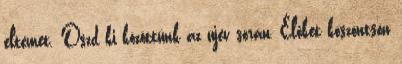
eltemet. Oszd ki közöttünk az újév során, Élőket köszöntsön